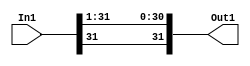
module controllerHdl_Double_Range
          (
           In1,
           Out1
          );


  input   signed [31:0] In1;  // sfix32_En22
  output  signed [31:0] Out1;  // sfix32_En21


  wire signed [31:0] Data_Type_Conversion_out1;  // sfix32_En21


  // <S27>/Data Type Conversion
  assign Data_Type_Conversion_out1 = {In1[31], In1[31:1]};



  assign Out1 = Data_Type_Conversion_out1;

endmodule